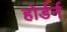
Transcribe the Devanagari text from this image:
होर्डर्न